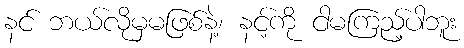
နင် ဘယ်လိုမှမဖြစ်နဲ့၊ နင့်ကို ငါမကြည့်ပါဘူး